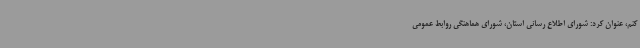
کنم، عنوان کرد: شورای اطلاع رسانی استان، شورای هماهنگی روابط عمومی